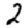
Digit: 2